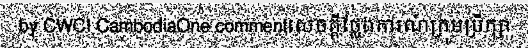
by CWCI CambodiaOne commentសេចក្តីថ្លែងការណ៍ក្រុមប្រឹក្សា